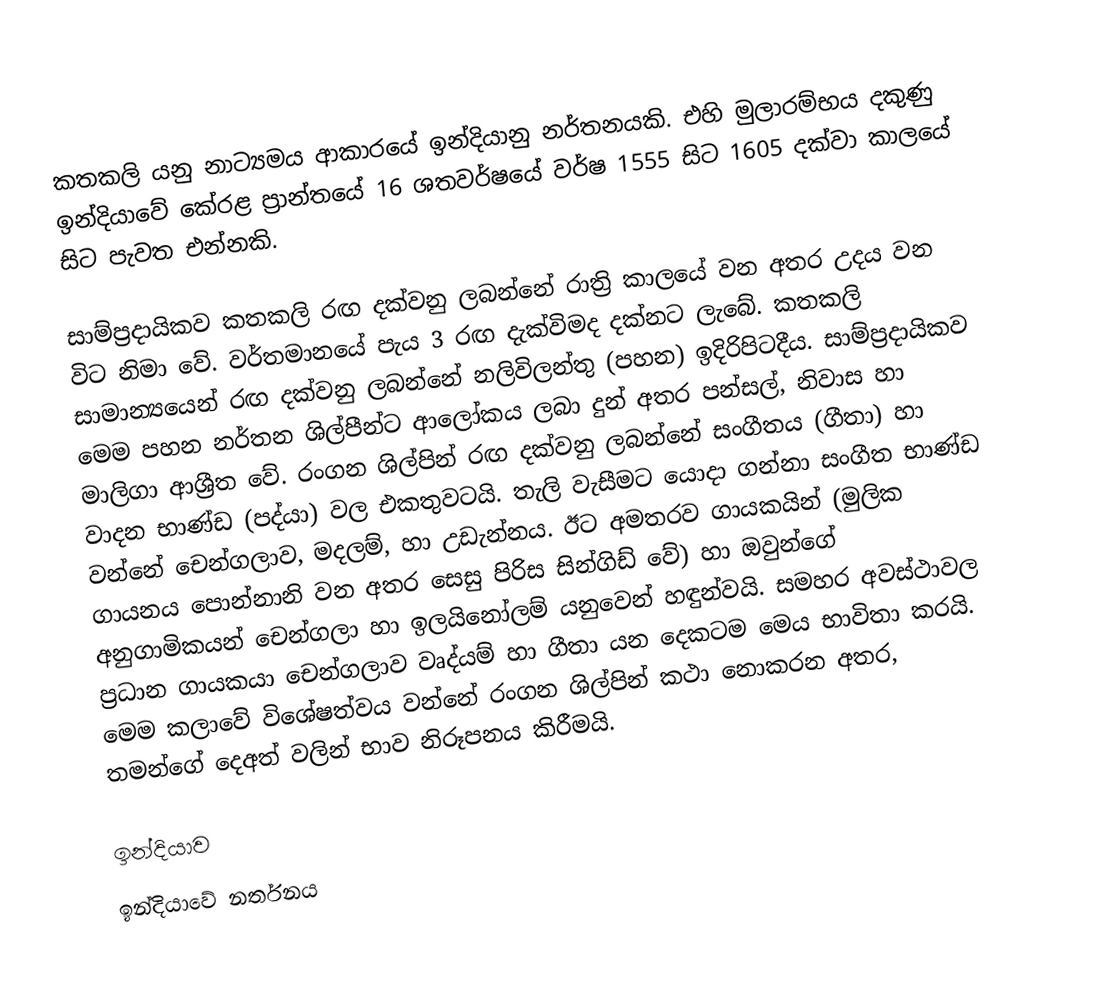
කතකලි යනු නාට්‍යමය ආකාරයේ ඉන්දියානු නර්තනයකි. එහි මුලාරම්භය දකුණු ඉන්දියාවේ කේරළ ප්‍රාන්තයේ 16 ශතවර්ෂයේ වර්ෂ 1555 සිට 1605 දක්වා කාලයේ සිට පැවත එන්නකි.

සාම්ප්‍රදායිකව කතකලි රඟ දක්වනු ලබන්නේ රාත්‍රි කාලයේ වන අතර උදය වන විට නිමා වේ. වර්තමාන‍යේ පැය 3 රඟ දැක්විමද දක්නට ලැබේ. කතකලි සාමාන්‍යයෙන් රඟ දක්වනු ලබන්නේ නලිවිලන්තු (පහන) ඉදිරිපිටදීය. සාම්ප්‍රදායිකව මෙම පහන නර්තන ශිල්පීන්ට ආලෝකය ලබා දුන් අතර පන්සල්, නිවාස හා මාලිගා ආශ්‍රීත වේ. රංගන ශිල්පින් රඟ දක්වනු ලබන්නේ සංගීතය (ගීතා) හා වාදන භාණ්ඩ (පද්යා) වල එකතුවටයි. තැලි වැසීමට යොදා ගන්නා සංගීත භාණ්ඩ වන්නේ චෙන්ගලාව, මදලම්, හා උඩැන්නය. ඊට අමතරව ගායකයින් (මුලික ගායනය පොන්නානි වන අතර සෙසු පිරිස සින්ගිඩ් වේ) හා ඔවුන්ගේ අනුගාමිකයන් චෙන්ගලා හා ඉලයි‍නෝලම් යනුවෙන් හඳුන්වයි. සමහර අවස්ථාවල ප්‍රධාන ගායකයා චෙන්ගලාව වෘද්යම් හා ගීතා යන දෙකටම මෙය භාවිතා කරයි. මෙම කලාවේ විශේෂත්වය වන්නේ රංගන ශිල්පින් කථා නොකරන අතර, තමන්ගේ දෙඅත් වලින් භාව නිරූපනය කිරීමයි.

ඉන්දියාව
ඉන්දියාවේ නර්තනය